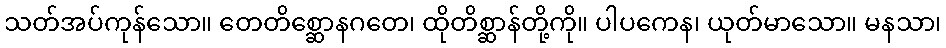
သတ်အပ်ကုန်သော။ တေတိစ္ဆောနဂတေ၊ ထိုတိစ္ဆာန်တို့ကို။ ပါပကေန၊ ယုတ်မာသော။ မနသာ၊